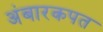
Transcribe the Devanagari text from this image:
अंबारकपत